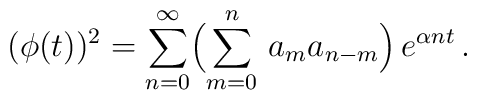
(\phi(t))^2 = \sum_{n=0}^\infty \Bigl( \sum_{m=0}^n \, a_m a_{n-m} \Bigr)\, e^{\alpha n t}\,.